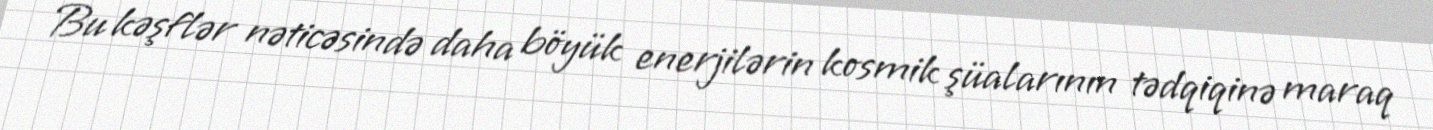
Bu kəşflər nəticəsində daha böyük enerjilərin kosmik şüalarının tədqiqinə maraq